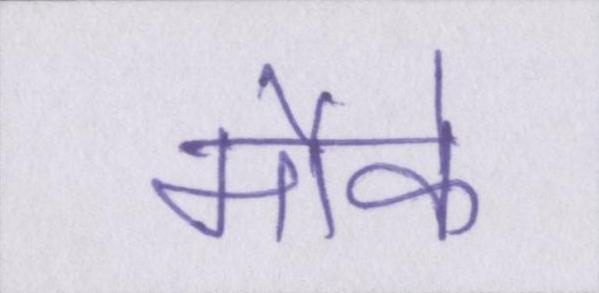
मौके